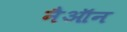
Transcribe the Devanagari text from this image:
नैऑन